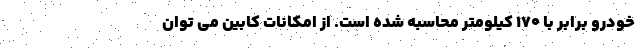
خودرو برابر با 170 کیلومتر محاسبه شده است. از امکانات کابین می توان